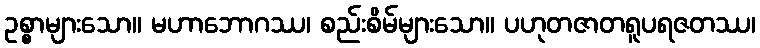
ဥစ္စာများသော။ မဟာဘောဂဿ၊ စည်းစိမ်များသော။ ပဟုတဇာတရူပရဇတဿ၊